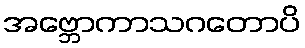
အဗ္ဘောကာသဂတောပိ